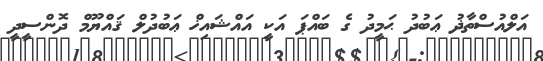
އަލްއުސްތާޛު ޢަބުދު ޙަމީދު ގެ ބައްޕަ އަކީ އައްޝައިޚް ޢަބުދުލް ޤައްޔޫމް ދޮންސީދީ